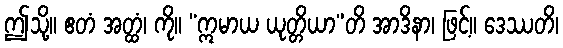
ဤသို့။ ဧတံ အတ္ထံ၊ ကို။ “ဣမာယ ယုတ္တိယာ”တိ အာဒိနာ၊ ဖြင့်။ ဒေဿတိ၊